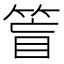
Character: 䈍